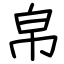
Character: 帛